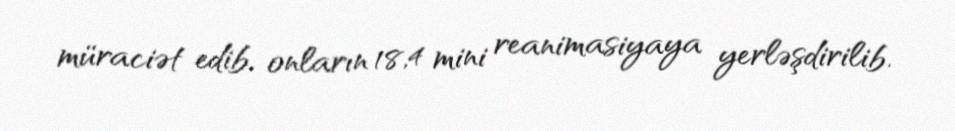
müraciət edib, onların 18,4 mini reanimasiyaya yerləşdirilib.